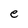
Character: e